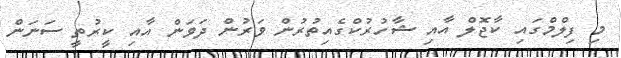
މި ފިލްމްގައި ކާޖޮލް އާއި ޝާހުރުކްގެއިތުރުން ވަރުން ދަވަން އާއި ކީރުތީ ސަނަން